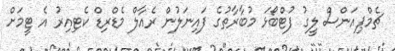
ޗެމްޕިއަންސް ލީގު ފުޓްބޯޅަ މުބާރާތުގެ ފައިނަލުން ރެއާލް މެޑްރިޑް ކެޓިއިރު އެ ޓީމަށް